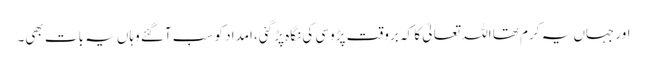
اور جہاں یہ کرم تھا اللہ تعالیٰ کا کہ بروقت پڑوسی کی نگاہ پڑ گئی، امداد کو سب آگئے وہاں یہ بات بھی۔